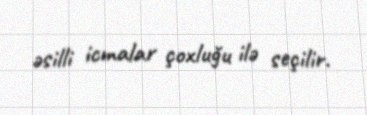
əsilli icmalar çoxluğu ilə seçilir.